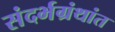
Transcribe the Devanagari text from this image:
संदर्भग्रंथांत